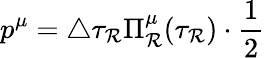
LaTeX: p^{\mu}=\triangle\tau_{\mathcal{R}}\Pi_{\mathcal{R}}^{\mu}(\tau_{\mathcal{R}})\cdot\frac{1}{2}